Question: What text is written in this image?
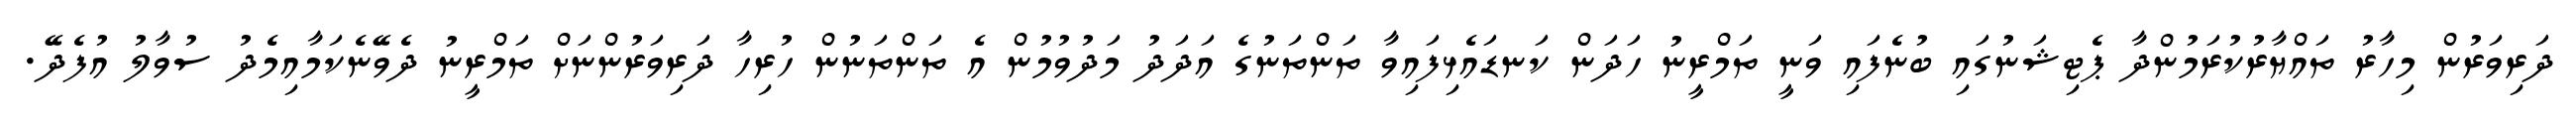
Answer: ދަރިވަރުން މިހާރު ތައްޔާރުކުރަމުންދާ ޕެޓިޝަނުގައި ބުނެފައި ވަނީ ތަމްރީނު ހަދަން ކަނޑައެޅިފައިވާ ތަންތަނުގެ އަދަދު މަދުވުމުން އެ ތަންތަނުން ހުރިހާ ދަރިވަރުންނަށް ތަމްރީނު ދެވޭނެކަމާއިމެދު ސުވާލު އުފެދޭ.